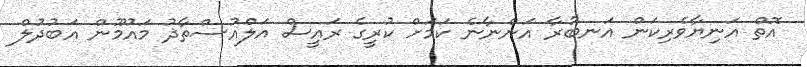
އޮތް އަނިޔާވެރިކަން އަނބުރާ އަންނާނެ ކަމަށް ކުރީގެ ރައީސް އަލްއުސްތާޛު މައުމޫން އަބުދުލް